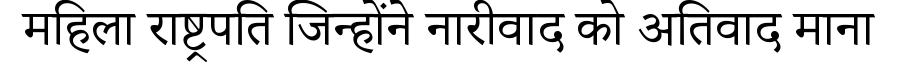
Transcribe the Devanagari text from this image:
महिला राष्ट्रपति जिन्होंने नारीवाद को अतिवाद माना